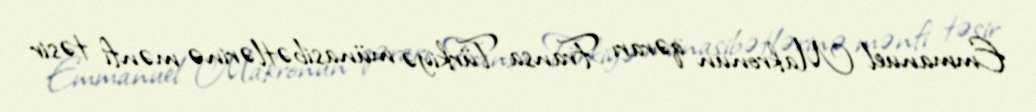
Emmanuel Makronun qərarı Fransa-Türkiyə münasibətlərinə mənfi təsir